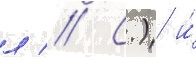
л // С.) и́